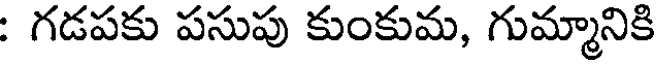
: గడపకు పసుపు కుంకుమ, గుమ్మానికి